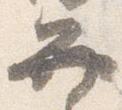
弁